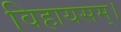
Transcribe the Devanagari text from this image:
विहायसम्।